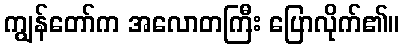
ကျွန်တော်က အလောတကြီး ပြောလိုက်၏။